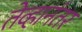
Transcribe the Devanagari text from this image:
तेव्हानंतर